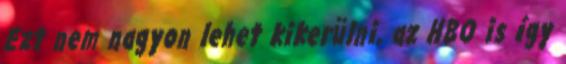
Ezt nem nagyon lehet kikerülni, az HBO is így